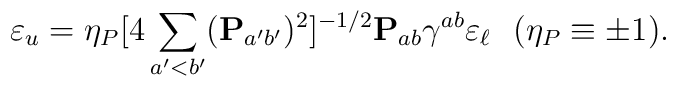
\varepsilon_u=\eta_P [4\sum_{a'<b'}({\bf P}_{a'b'})^2]^{-1/2}{\bf P}_{ab} \gamma^{ab}\varepsilon_{\ell}\ \ (\eta_{P} \equiv \pm 1).